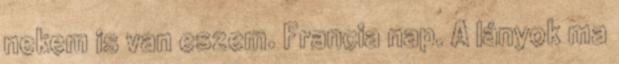
nekem is van eszem. Francia nap. A lányok ma